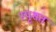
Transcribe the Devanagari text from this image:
स्पृशत